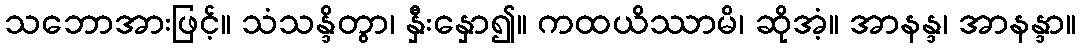
သဘောအားဖြင့်။ သံသန္ဒိတွာ၊ နှီးနှော၍။ ကထယိဿာမိ၊ ဆိုအံ့။ အာနန္ဒ၊ အာနန္ဒာ။